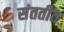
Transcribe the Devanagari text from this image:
संततीत